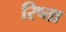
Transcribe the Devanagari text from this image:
रिष्ता